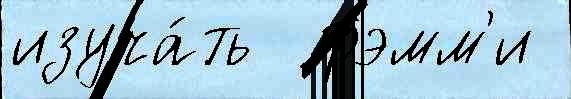
изуча́ть  Грэмм'и